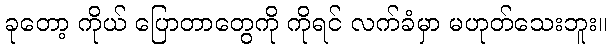
ခုတော့ ကိုယ် ပြောတာတွေကို ကိုရင် လက်ခံမှာ မဟုတ်သေးဘူး။